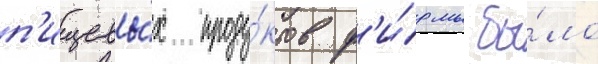
п'ищевы́х проду́ктов ф'и́рмы бы́ло